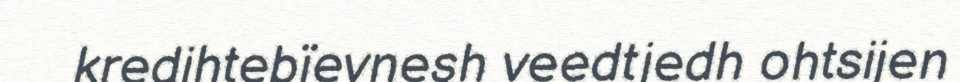
kredihtebïevnesh veedtjedh ohtsijen